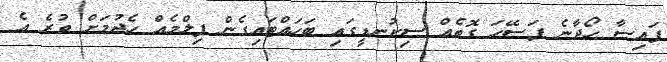
ފައިސާ ހޯދާނެ ފަސޭހަ ގޮތެއް ސިކުނޑީގައި ބަހައްޓައިގެން ފިލްމެއް ހެދުމަށް ވުރެ އެ